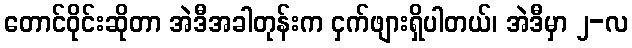
တောင်ဝိုင်းဆိုတာ အဲဒီအခါတုန်းက ငှက်ဖျားရှိပါတယ်၊ အဲဒီမှာ ၂-လ